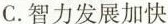
C.智力发展加快